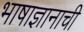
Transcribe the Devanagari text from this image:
भाषाज्ञानाची